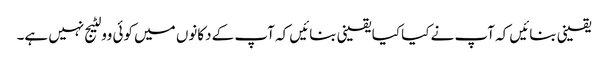
یقینی بنائیں کہ آپ نے کیا کیا یقینی بنائیں کہ آپ کے دکانوں میں کوئی وولٹیج نہیں ہے۔